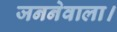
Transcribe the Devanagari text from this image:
जननेवाला।